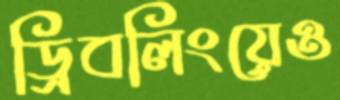
ড্রিবলিংয়েও